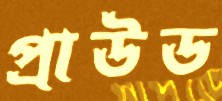
প্রাউড